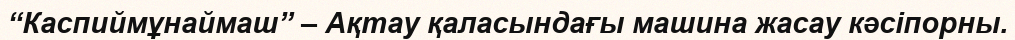
“Каспиймұнаймаш” – Ақтау қаласындағы машина жасау кәсіпорны.